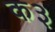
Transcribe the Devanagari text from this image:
क३